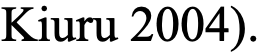
Kiuru 2004).